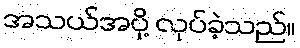
အသယ်အပို့ လုပ်ခဲ့သည်။